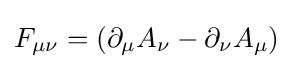
F_{\mu \nu }=(\partial _{\mu }A_{\nu }-\partial _{\nu }A_{\mu })